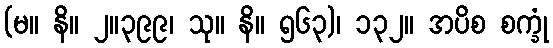
(မ။ နိ။ ၂။၃၉၉၊ သု။ နိ။ ၅၆၃)၊ ၁၃၂။ အပိစ စက္ခုံ